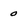
Character: 0